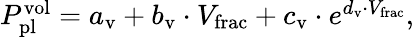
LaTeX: \begin{array}{r}{P_{\mathrm{pl}}^{\mathrm{vol}}=a_{\mathrm{v}}+b_{\mathrm{v}}\cdot V_{\mathrm{frac}}+c_{\mathrm{v}}\cdot e^{d_{\mathrm{v}}\cdot V_{\mathrm{frac}}},}\end{array}